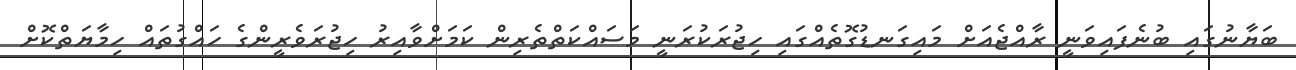
ބަޔާނުގައި ބުނެފައިވަނީ ރާއްޖެއަށް މައިގަނޑުގޮތެއްގައި ހިޖުރަކުރަނީ މަސައްކަތްތެރިން ކަމަށްވާއިރު ހިޖުރަވެރީންގެ ހައްގުތައް ހިމާޔަތްކޮށް